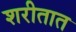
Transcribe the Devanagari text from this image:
शरीतात